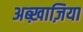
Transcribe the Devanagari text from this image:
अब्ख़ाज़िया